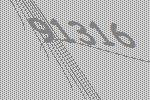
91316